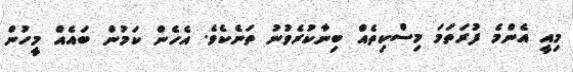
މިއީ އެންމެ ފުރަތަމަ މިސްކިތެއް ބިނާކުރެވުނު ތަނެކެވެ. އެހެން ކަމުން ބައެއް މީހުން